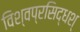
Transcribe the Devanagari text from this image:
विश्वप्रसिद्धश्